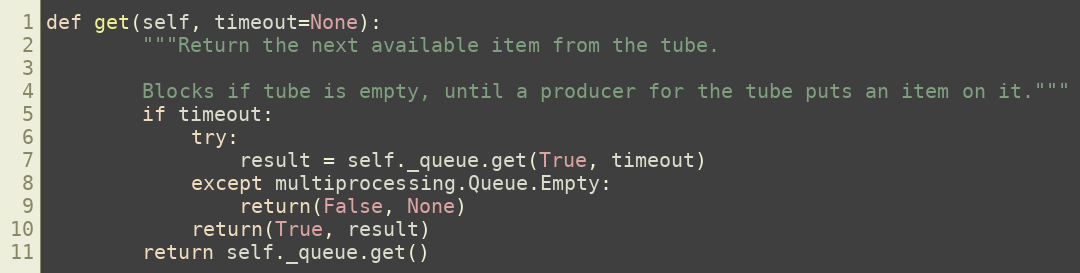
Language: Python
def get(self, timeout=None):
        """Return the next available item from the tube.

        Blocks if tube is empty, until a producer for the tube puts an item on it."""
        if timeout:
            try:
                result = self._queue.get(True, timeout)
            except multiprocessing.Queue.Empty:
                return(False, None)
            return(True, result)
        return self._queue.get()